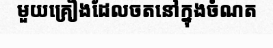
មួយគ្រឿងដែលចតនៅក្នុងចំណត